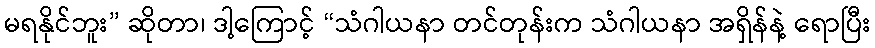
မရနိုင်ဘူး” ဆိုတာ၊ ဒါ့ကြောင့် “သံဂါယနာ တင်တုန်းက သံဂါယနာ အရှိန်နဲ့ ရောပြီး